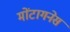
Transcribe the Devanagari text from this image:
मोंटागनेस